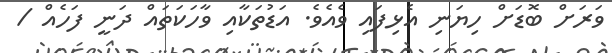
ވަރަށް ބޮޑަށް ހިޔަނި އެޅިފައި ވެއެވެ. އަޑުތަކާއި ވާހަކަތައް ދަނީ ފަހެއް /